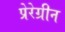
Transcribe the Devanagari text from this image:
प्रेरेग्रीन